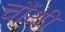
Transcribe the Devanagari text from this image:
चौंथी